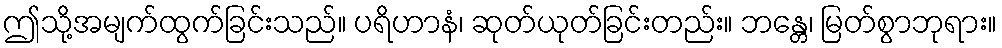
ဤသို့အမျက်ထွက်ခြင်းသည်။ ပရိဟာနံ၊ ဆုတ်ယုတ်ခြင်းတည်း။ ဘန္တေ၊ မြတ်စွာဘုရား။